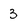
Character: 3